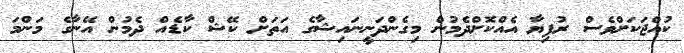
ކުއްޖަކަށްވެސް ރުފިޔާ އެއްކޮށްދެމުން މިގެންދަނީނައިޝާގެ އަތަށް ކޭޝް ކާޑެއް ދެމުން އޭނާގެ މަންމަ